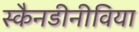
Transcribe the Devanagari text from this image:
स्कैनडीनीविया